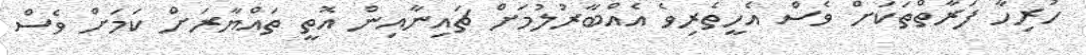
ހުރިހާ ފަރާތްތަކަށް ވެސް އެހީތެރިވެ އެއްބާރުލުމަށް ޗައިނާއިން އޮތީ ތައްޔާރަށް ކަމަށް ވެސް